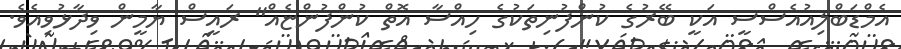
އެމްޑަބްލިއުއެސްސީ އަކީ ބޭރުގެ ކުންފުނިތަކުގެ ހިއްސާ އޮތް ކުންފުންޏެއް" ރައީސް ޔާމީން ވިދާޅުވިއެވެ.